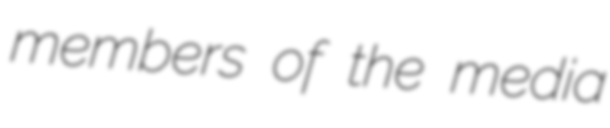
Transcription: members of the media